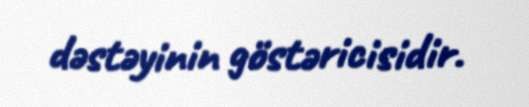
dəstəyinin göstəricisidir.